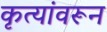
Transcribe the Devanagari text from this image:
कृत्यांवरून